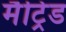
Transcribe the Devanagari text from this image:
मैट्रिड